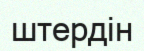
штердін